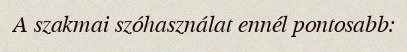
A szakmai szóhasználat ennél pontosabb: